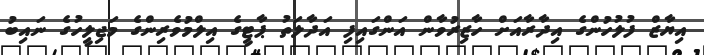
އިޔާޒް ފުލުހުންގެ އިދާރާއަށް ހާޒިރުވާން އަންގައިފި އަދާލަތު ޕާޓީގެ އިލްމުވެރިންގެ މަޖިލީހުގެ ނައިބު